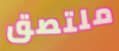
ملتصق